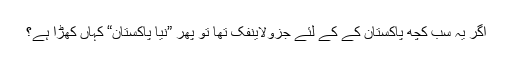
اگر یہ سب کچھ پاکستان کے کے لئے جزولاینفک تھا تو پھر ”نیا پاکستان“ کہاں کھڑا ہے؟